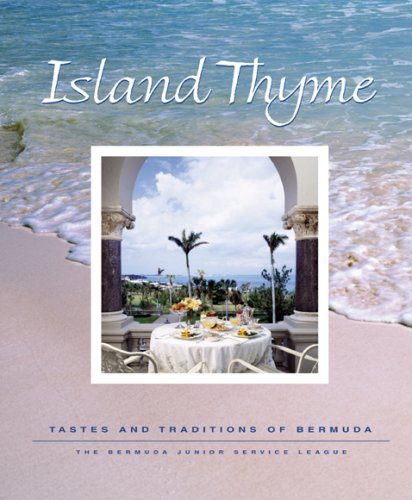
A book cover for Island Thyme; The Bermuda Junior Service League; Cookbooks, Food & Wine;